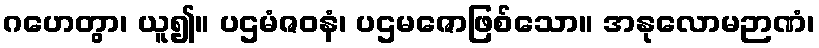
ဂဟေတွာ၊ ယူ၍။ ပဌမံဇဝနံ၊ ပဌမဇောဖြစ်သော။ အနုလောမဉာဏံ၊